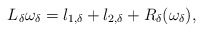
\begin{align*}L_\delta \omega_\delta=l_{1,\delta}+l_{2,\delta}+R_\delta(\omega_\delta),\end{align*}